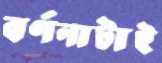
বর্ণনাটাই